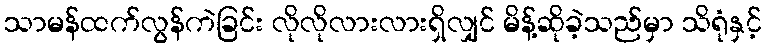
သာမန်ထက်လွန်ကဲခြင်း လိုလိုလားလားရှိလျှင် မိန့်ဆိုခဲ့သည်မှာ သိရုံနှင့်